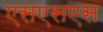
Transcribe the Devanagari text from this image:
एसएसएस